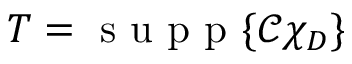
T = \mathrm { ~ s ~ u ~ p ~ p ~ } { \{ \mathcal C \chi _ { D } \} }